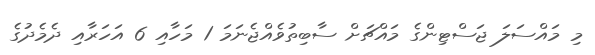
މި މައްސަލަ ޖަސްޓިންގެ މައްޗަށް ސާބިތުވެއްޖެނަމަ 1 މަހާއި 6 އަހަރާއި ދެމެދުގެ